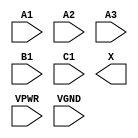
module sky130_fd_sc_hs__a311o (
    //# {{data|Data Signals}}
    input  A1  ,
    input  A2  ,
    input  A3  ,
    input  B1  ,
    input  C1  ,
    output X   ,

    //# {{power|Power}}
    input  VPWR,
    input  VGND
);
endmodule